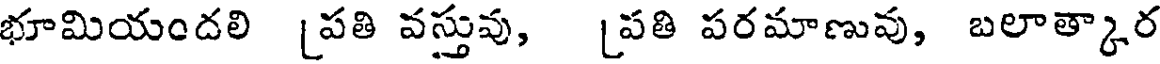
భూమియందలి [పతి వస్తువు, [పతి పరమాణువు, బలాత్కార